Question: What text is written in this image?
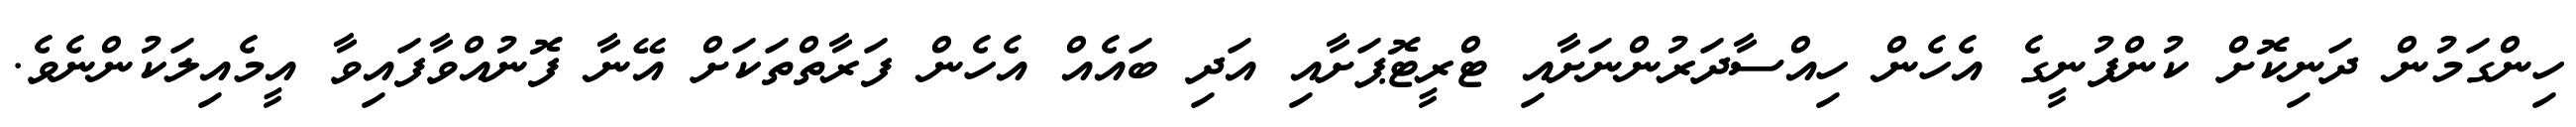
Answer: ހިންގަމުން ދަނިކޮށް ކުންފުނީގެ އެހެން ހިއްސާދަރުންނަށާއި ޓްރީޓޮޕަށާއި އަދި ބައެއް އެހެން ފަރާތްތަކަށް އޭނާ ފޮނުއްވާފައިވާ އީމެއިލަކުންނެވެ.